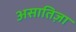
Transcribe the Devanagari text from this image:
असातिज़ा